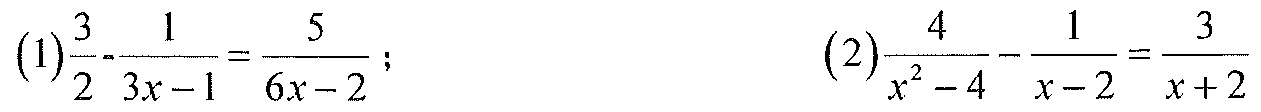
$(1)\frac{3}{2}-\frac{1}{3x - 1}=\frac{5}{6x - 2}；\quad(2)\frac{4}{x^{2}-4}-\frac{1}{x - 2}=\frac{3}{x + 2}$